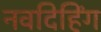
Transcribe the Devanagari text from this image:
नवदिहिंग